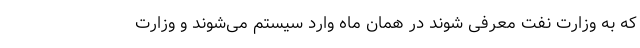
که به وزارت نفت معرفی شوند در همان ماه وارد سیستم می‌شوند و وزارت